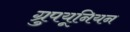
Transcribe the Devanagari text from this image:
ग्रुपयूनियन